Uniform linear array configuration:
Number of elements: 16
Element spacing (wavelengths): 1
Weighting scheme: hann
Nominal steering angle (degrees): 15
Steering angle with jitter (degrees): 16.179
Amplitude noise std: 0.05
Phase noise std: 0.05

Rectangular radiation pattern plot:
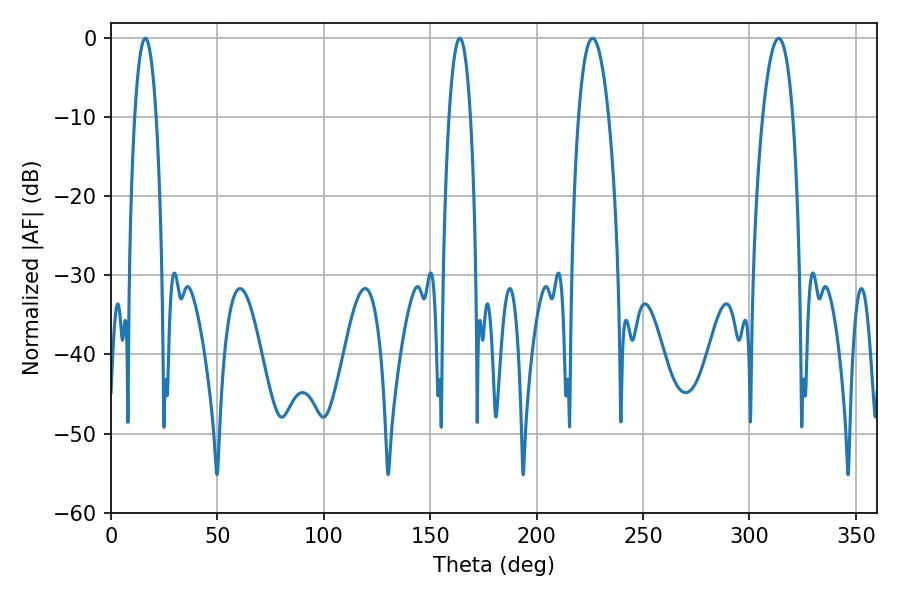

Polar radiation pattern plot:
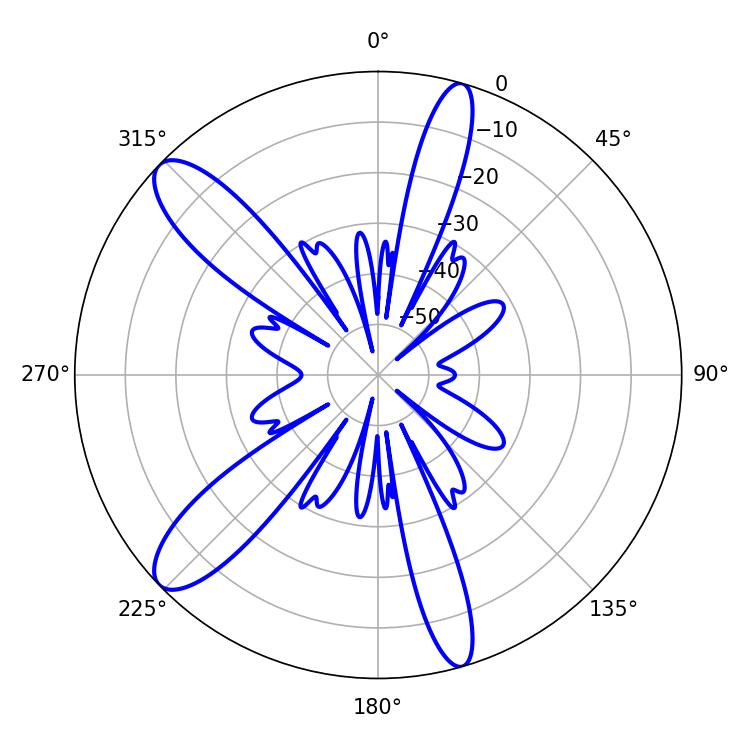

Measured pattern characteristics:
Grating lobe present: TRUE
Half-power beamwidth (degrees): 7.92
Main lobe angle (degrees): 226.26